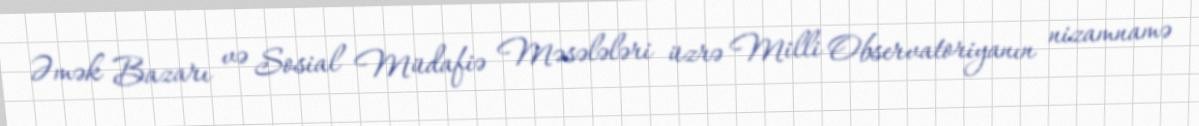
Əmək Bazarı və Sosial Müdafiə Məsələləri üzrə Milli Observatoriyanın nizamnamə